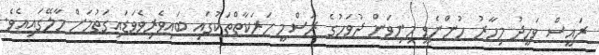
ރައީސް ވަހީދު މިހާރު ހުންނެވީ މިނިވަން ދުވަހުގެ ރަސްމީ ހަރަކާތްތަކުގައި ބައިވެރިވެވަޑައިގަތުމަށް މާލޭގައިއެވެ.